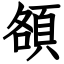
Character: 頟